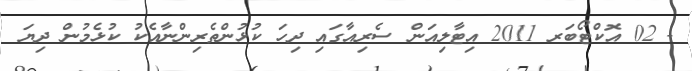
- 02 އޮކްޓޯބަރ 2011 އިޓާލިއަން ސެރިއާގައި ދިހަ ކުޅުންތެރިންނާއެކު ކުޅެމުން ދިޔަ